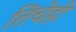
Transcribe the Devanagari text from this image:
तिचेही